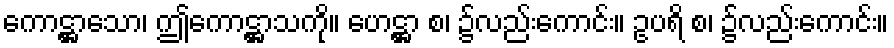
ကောဋ္ဌာသော၊ ဤကောဋ္ဌာသကို။ ဟေဋ္ဌာ စ၊ ၌လည်းကောင်း။ ဥပရိ စ၊ ၌လည်းကောင်း။